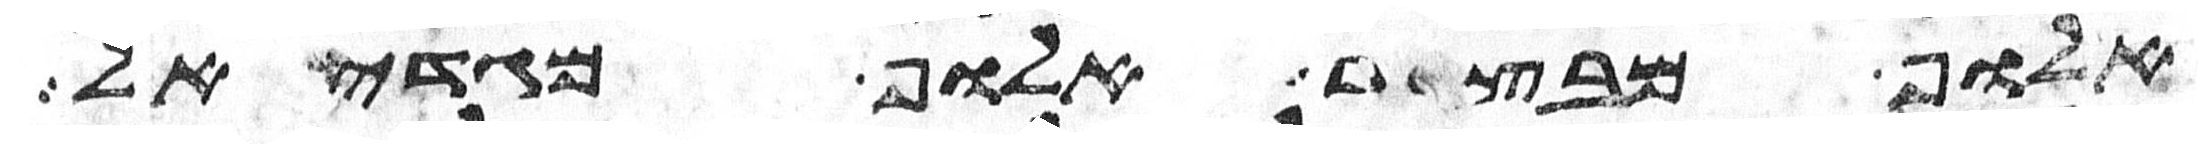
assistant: אלוף מבצר אלוף מגדאל